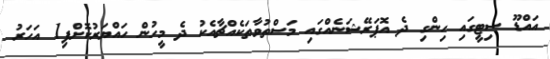
އައްޑޫ ސިޓީގައި ހިންގި ދެ އޮޕަރޭޝަނެއްގައި މަސްތުވާތަކެއްޗާއެކު ދެ މީހުން ހައްޔަރުކޮށްފި1 އަހަރު